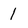
Character: 1